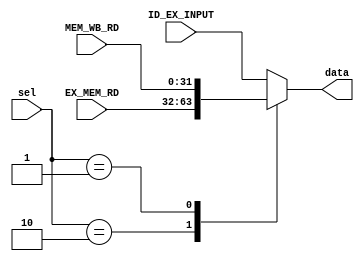
`timescale 1ns / 1ps
//////////////////////////////////////////////////////////////////////////////////
// Company: 
// Engineer: 
// 
// Design Name: 
// Module Name: Forwarding_mux_32
// Project Name: 
// Target Devices: 
// Tool Versions: 
// Description: 
// 
// Dependencies: 
// 
// Revision:
// Revision 0.01 - File Created
// Additional Comments:
// 
//////////////////////////////////////////////////////////////////////////////////


module Forwarding_mux_32(sel,EX_MEM_RD, MEM_WB_RD,ID_EX_INPUT,data);
input [1:0] sel;
input [31:0] ID_EX_INPUT, EX_MEM_RD, MEM_WB_RD;

output reg[31:0] data;

always@(*)begin

    case(sel)
        2'b00: data = ID_EX_INPUT;
        2'b10: data =  EX_MEM_RD;
        2'b01: data = MEM_WB_RD;
        default:  data = ID_EX_INPUT;
    endcase


end


    
    
endmodule